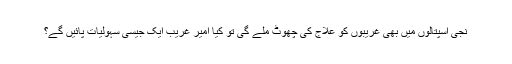
نجی اسپتالوں میں بھی غریبوں کو علاج کی چھوٹ ملے گی تو کیا امیر غریب ایک جیسی سہولیات پائیں گے؟